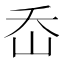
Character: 岙